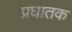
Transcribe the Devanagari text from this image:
प्रघातक